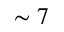
\sim 7